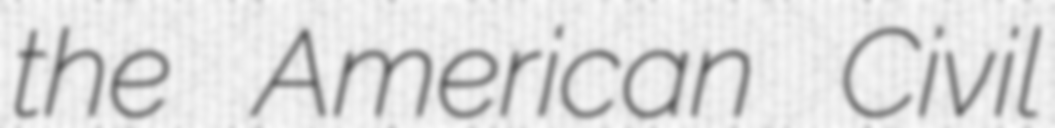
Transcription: the American Civil